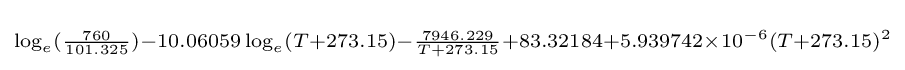
\scriptstyle \log _{e}({\frac {760}{101.325}})-10.06059\log _{e}(T+273.15)-{\frac {7946.229}{T+273.15}}+83.32184+5.939742\times 10^{-6}(T+273.15)^{2}